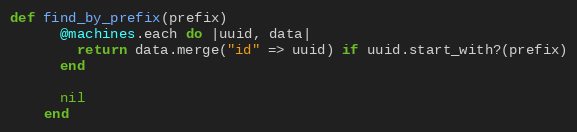
Language: Ruby
def find_by_prefix(prefix)
      @machines.each do |uuid, data|
        return data.merge("id" => uuid) if uuid.start_with?(prefix)
      end

      nil
    end